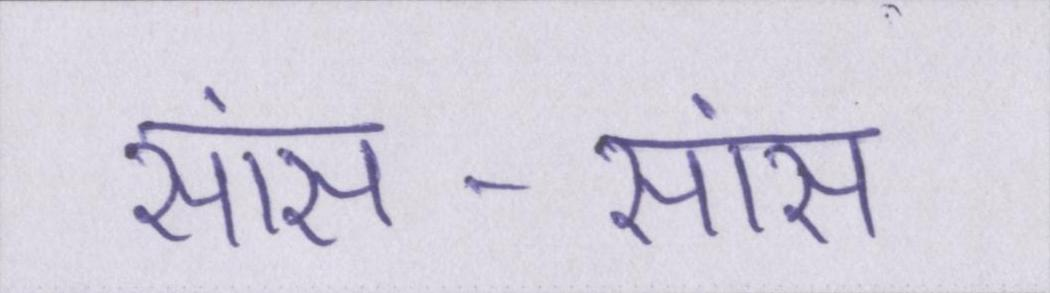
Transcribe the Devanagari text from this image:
सांस-सांस